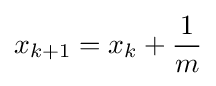
x_{k+1}=x_{k}+{\frac {1}{m}}